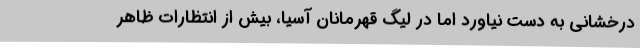
درخشانی به دست نیاورد اما در لیگ ‌قهرمانان آسیا، بیش از انتظارات ظاهر